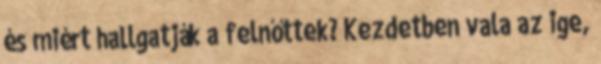
és miért hallgatják a felnőttek? Kezdetben vala az ige,